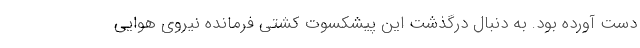
دست آورده بود. به دنبال درگذشت این پیشکسوت کشتی فرمانده نیروی هوایی